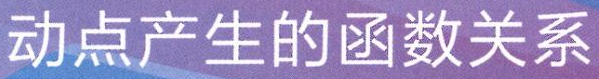
动点产生的函数关系